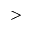
>